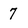
Character: 7